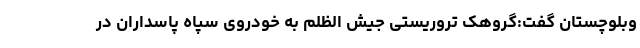
وبلوچستان گفت:گروهک تروریستی جیش الظلم به خودروی سپاه پاسداران در